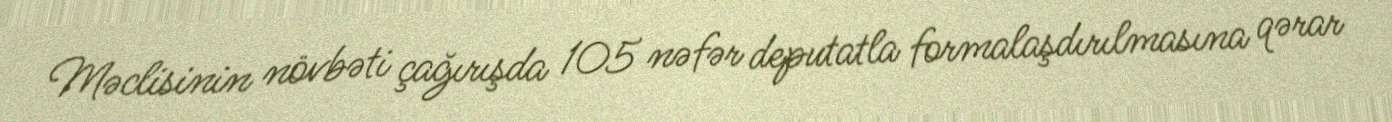
Məclisinin növbəti çağırışda 105 nəfər deputatla formalaşdırılmasına qərar